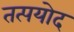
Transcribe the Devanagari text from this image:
तत्पयोद